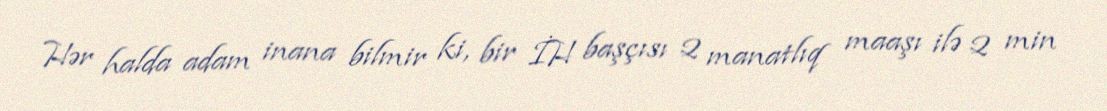
Hər halda adam inana bilmir ki, bir İH başçısı 2 manatlıq maaşı ilə 2 min